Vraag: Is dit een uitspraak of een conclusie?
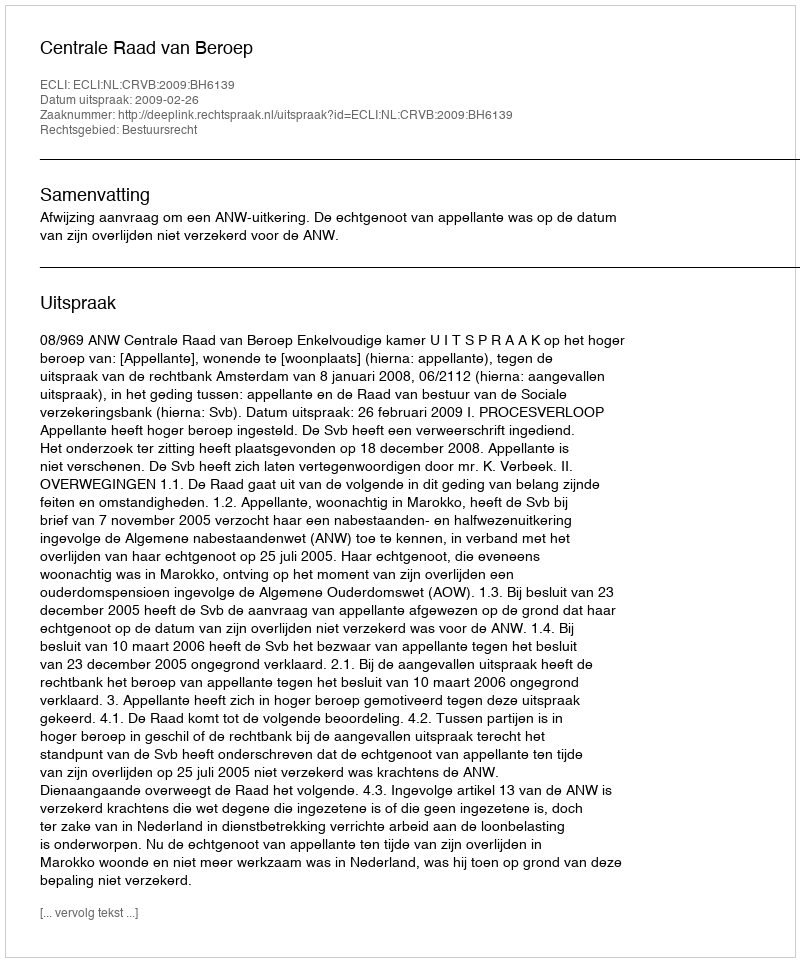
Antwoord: Uitspraak